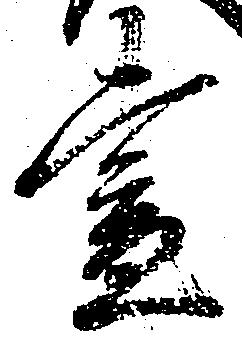
昼